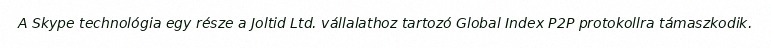
A Skype technológia egy része a Joltid Ltd. vállalathoz tartozó Global Index P2P protokollra támaszkodik.